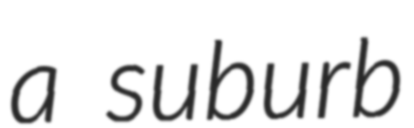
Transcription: a suburb